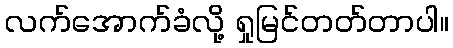
လက်အောက်ခံလို့ ရှုမြင်တတ်တာပါ။